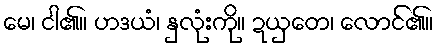
မေ၊ ငါ၏။ ဟဒယံ၊ နှလုံးကို။ ဍယှတေ၊ လောင်၏။